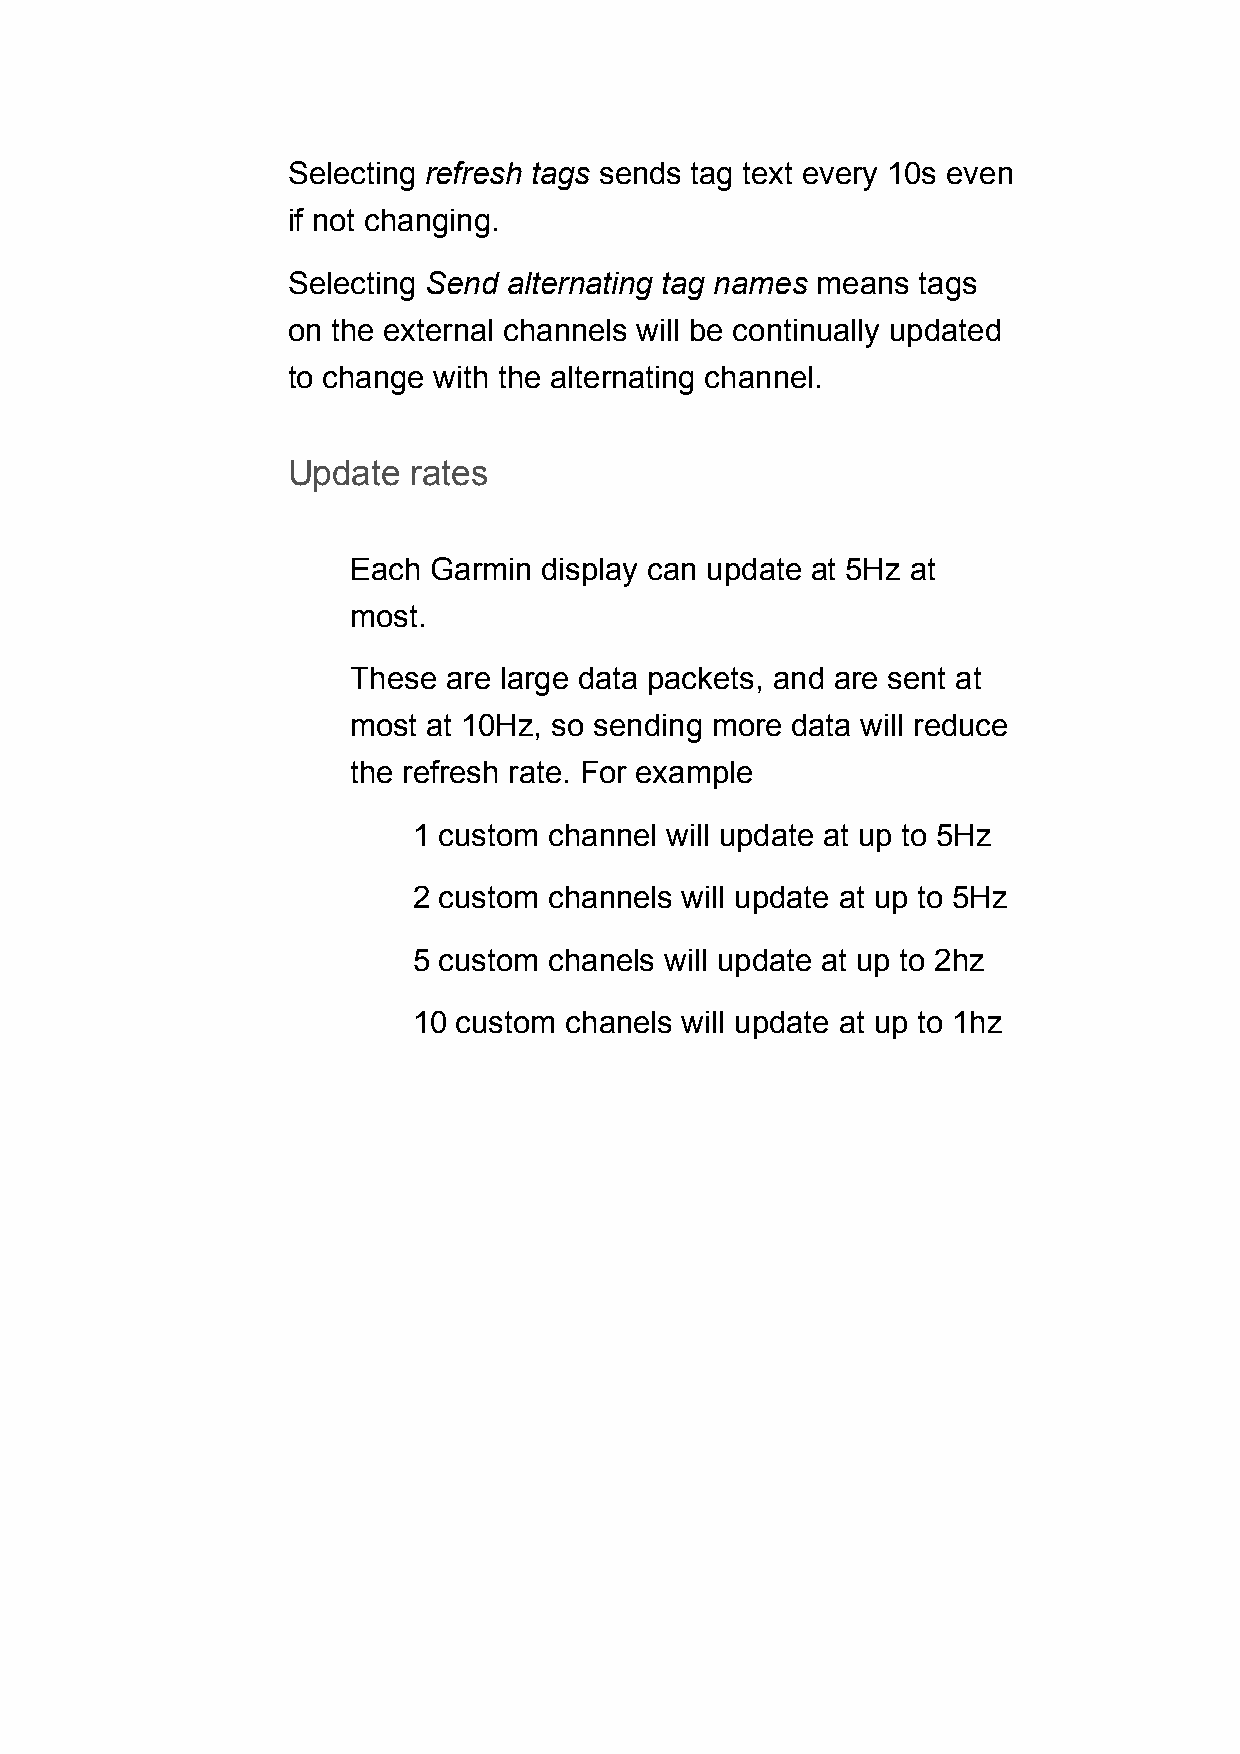
Selecting refresh tags sends tag text every 10s even
 if not changing.
 Selecting Send alternating tag names means tags
 on the external channels will be continually updated
 to change with the alternating channel.
 Update  rates
 Each Garmin  display can update at 5Hz at
 most.
 These  are large data packets, and are sent at
 most at 10Hz, so sending more data will reduce
 the refresh rate. For example
 1 custom channel will update at up to 5Hz
 2 custom channels will update at up to 5Hz
 5 custom chanels will update at up to 2hz
 10 custom chanels will update at up to 1hz